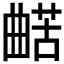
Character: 𱢵